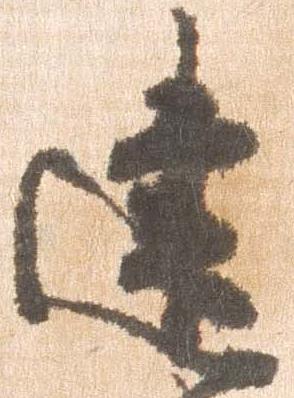
建